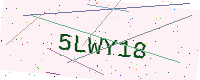
Text: 5LWY18